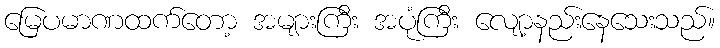
မြေပမာဏထက်တော့ အများကြီး အပုံကြီး လျော့နည်းနေသေးသည်။